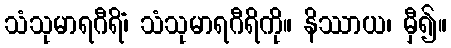
သံသုမာရဂီရိံ၊ သံသုမာရဂီရိကို။ နိဿာယ၊ မှီ၍။